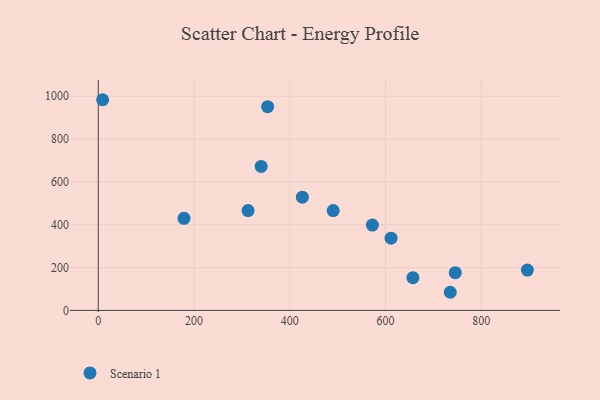
{"axis": {"x": "Speed", "y": "Fuel Efficiency"}, "legend": ["Scenario 1"], "data": [{"x": "735.3", "y": 84.7, "type": "Scenario 1"}, {"x": "353.8", "y": 950.9, "type": "Scenario 1"}, {"x": "340.3", "y": 672.3, "type": "Scenario 1"}, {"x": "745.8", "y": 176.1, "type": "Scenario 1"}, {"x": "9.1", "y": 983.4, "type": "Scenario 1"}, {"x": "426.4", "y": 528.4, "type": "Scenario 1"}, {"x": "657.3", "y": 152.7, "type": "Scenario 1"}, {"x": "896.4", "y": 188.5, "type": "Scenario 1"}, {"x": "572.6", "y": 398.5, "type": "Scenario 1"}, {"x": "611.6", "y": 337.4, "type": "Scenario 1"}, {"x": "179.1", "y": 429.9, "type": "Scenario 1"}, {"x": "490.8", "y": 465.9, "type": "Scenario 1"}, {"x": "312.9", "y": 465.9, "type": "Scenario 1"}]}